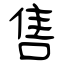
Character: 售